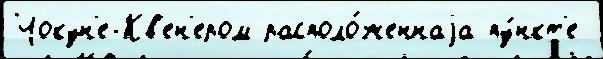
Чокун'е-Кв'ен'ером располо́женнаjа пу́нкт'е